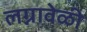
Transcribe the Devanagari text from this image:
लग्नावेळी